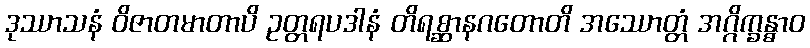
ဒုဿာသနံ ဝိဇာတမာတာပိ ဥတ္တရပဒါနံ တိရစ္ဆာနဂတောတိ အဿောတ္တံ အဂ္ဂိက္ခန္ဓာဝ